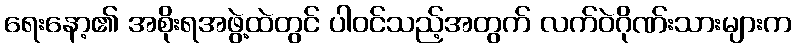
ရေးနော့၏ အစိုးရအဖွဲ့ထဲတွင် ပါဝင်သည့်အတွက် လက်ဝဲဂိုဏ်းသားများက